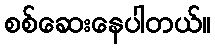
စစ်ဆေးနေပါတယ်။